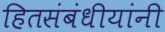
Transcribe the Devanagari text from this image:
हितसंबंधीयांनी